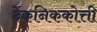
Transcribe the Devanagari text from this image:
देंकनिककोत्ती